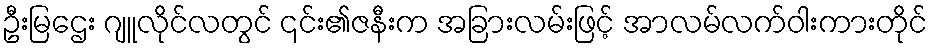
ဦးမြဌေး ဂျူလိုင်လတွင် ၎င်း၏ဇနီးက အခြားလမ်းဖြင့် အာလမ်လက်ဝါးကားတိုင်